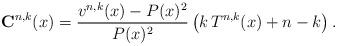
LaTeX: \begin{align*}\mathbf{C}^{n,k}(x)=\frac{v^{n,k}(x)-P(x)^2}{P(x)^2}\left(k\, T^{n,k}(x)+n-k\right).\end{align*}